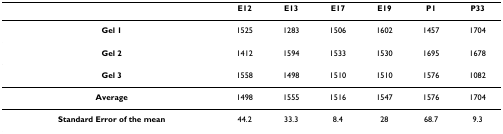
|  | E12 | E13 | E17 | E19 | P1 | P33 |
 | --- | --- | --- | --- | --- | --- | --- |
 | Gel 1 | 1525 | 1283 | 1506 | 1602 | 1457 | 1704 |
 | Gel 2 | 1412 | 1594 | 1533 | 1530 | 1695 | 1678 |
 | Gel 3 | 1558 | 1498 | 1510 | 1510 | 1576 | 1082 |
 | Average | 1498 | 1555 | 1516 | 1547 | 1576 | 1704 |
 | Standard Error of the mean | 44.2 | 33.3 | 8.4 | 28 | 68.7 | 9.3 |